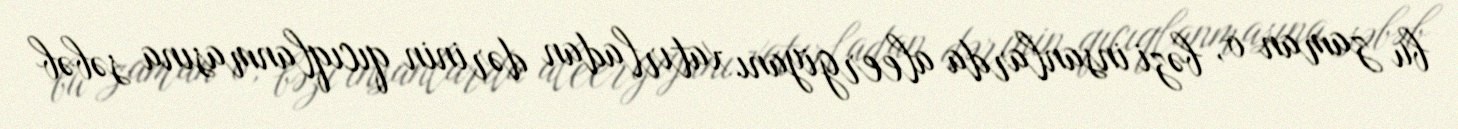
bu zaman o, bəzi insanlarda aleergiyanı xatırladan dərinin qıcıqlanmasına səbəb